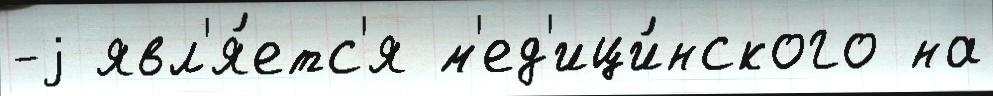
-j явл'я́етс'я м'ед'ици́нского на